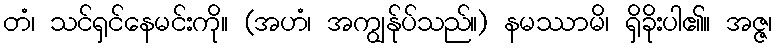
တံ၊ သင်ရှင်နေမင်းကို။ (အဟံ၊ အကျွန်ုပ်သည်။) နမဿာမိ၊ ရှိခိုးပါ၏။ အဇ္ဇ၊